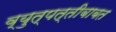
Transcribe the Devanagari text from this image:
व्युत्पत्तीबाबत